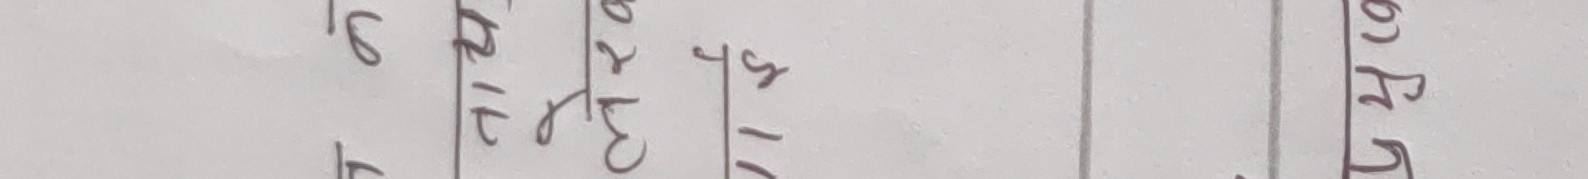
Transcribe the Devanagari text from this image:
५
१८
२०
१९

५२।